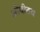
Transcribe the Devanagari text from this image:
ओवीतच